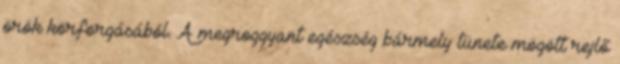
örök körforgásából. A megroggyant egészség bármely tünete mögött rejlő